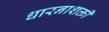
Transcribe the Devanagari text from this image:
धारनाशक्ती